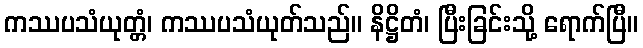
ကဿပသံယုတ္တံ၊ ကဿပသံယုတ်သည်။ နိဋ္ဌိတံ၊ ပြီးခြင်းသို့ ရောက်ပြီ။